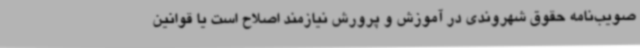
صویب‌نامه حقوق شهروندی در آموزش و پرورش نیازمند اصلاح است یا قوانین